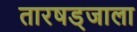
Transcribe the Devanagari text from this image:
तारषड्जाला